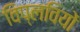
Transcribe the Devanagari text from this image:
विप्लवियों